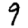
Digit: 9